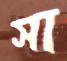
সা